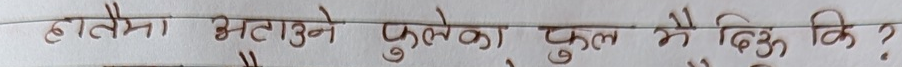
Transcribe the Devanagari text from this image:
हातैमा अटाउने फुलैका टुकुल मै बिऊ कि ?